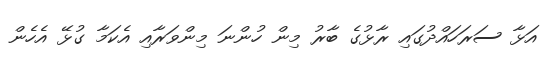
އަޅާ ސަރަހައްދުގައި ރާޅުގެ ބާރު މިން ހުންނަ މިންވަރާއި އެކަމާ ގުޅޭ އެހެން